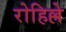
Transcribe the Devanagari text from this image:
रोहिल्ले